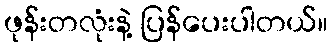
ဖုန်းတလုံးနဲ့ ပြန်ပေးပါတယ်။